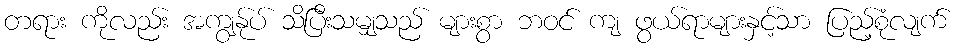
တရား ကိုလည်း အကျွန်ုပ် သိပြီးသမျှသည် များစွာ ဘဝင် ကျ ဖွယ်ရာများနှင့်သာ ပြည့်စုံလျက်